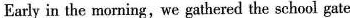
Early in the morning, we gathered the school gate